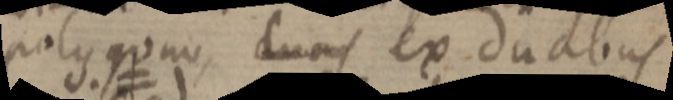
polygono, duas ex duabus